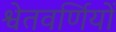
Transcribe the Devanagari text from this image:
श्वेतवर्णियों